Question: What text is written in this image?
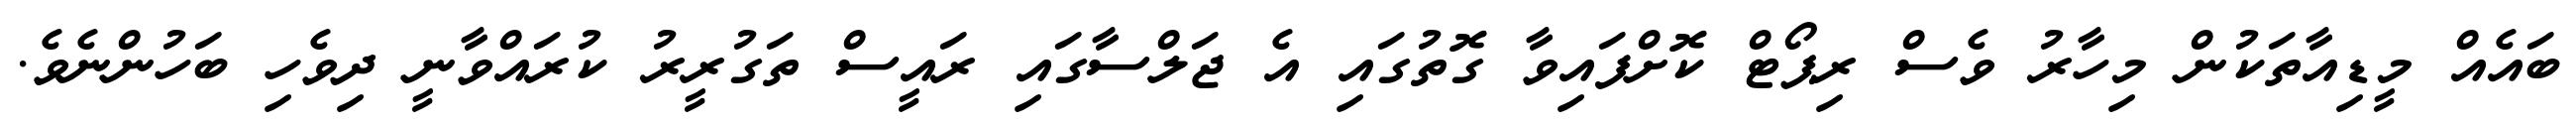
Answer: ބައެއް މީޑިއާތަކުން މިހާރު ވެސް ރިޕޯޓް ކޮށްފައިވާ ގޮތުގައި އެ ޖަލްސާގައި ރައީސް ތަގުރީރު ކުރައްވާނީ ދިވެހި ބަހުންނެވެ.